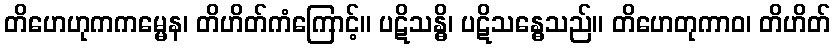
တိဟေဟုကကမ္မေန၊ တိဟိတ်ကံကြောင့်။ ပဋိသန္ဓိ၊ ပဋိသန္ဓေသည်။ တိဟေတုကာဝ၊ တိဟိတ်